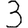
Digit: 3